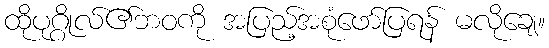
ထိုပုဂ္ဂိုလ်၏ဘဝကို အပြည့်အစုံဖော်ပြရန် မလိုချေ။